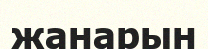
жанарын